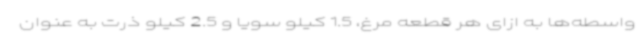
واسطه‌ها به ازای هر قطعه مرغ، 1.5 کیلو سویا و 2.5 کیلو ذرت به عنوان